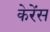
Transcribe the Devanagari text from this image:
केरेंस